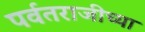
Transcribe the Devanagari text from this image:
पर्वतराजीच्या